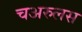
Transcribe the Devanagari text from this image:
चअरुलस